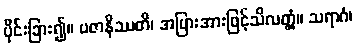
ပိုင်းခြား၍။ ပဇာနိဿတိ၊ အပြားအားဖြင့်သိလတ္တံ့။ သရာဂံ၊